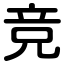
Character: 竞